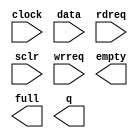
// megafunction wizard: %FIFO%VBB%
// GENERATION: STANDARD
// VERSION: WM1.0
// MODULE: scfifo 

// ============================================================
// Megafunction Name(s):
// 			scfifo
//
// Simulation Library Files(s):
// 			altera_mf
// ============================================================
// ************************************************************
// THIS IS A WIZARD-GENERATED FILE. DO NOT EDIT THIS FILE!
//
// 18.1.0 Build 625 09/12/2018 SJ Standard Edition
// ************************************************************

//Copyright (C) 2018  Intel Corporation. All rights reserved.
//Your use of Intel Corporation's design tools, logic functions 
//and other software and tools, and its AMPP partner logic 
//functions, and any output files from any of the foregoing 
//(including device programming or simulation files), and any 
//associated documentation or information are expressly subject 
//to the terms and conditions of the Intel Program License 
//Subscription Agreement, the Intel Quartus Prime License Agreement,
//the Intel FPGA IP License Agreement, or other applicable license
//agreement, including, without limitation, that your use is for
//the sole purpose of programming logic devices manufactured by
//Intel and sold by Intel or its authorized distributors.  Please
//refer to the applicable agreement for further details.

module fifo50x8 (
	clock,
	data,
	rdreq,
	sclr,
	wrreq,
	empty,
	full,
	q);

	input	  clock;
	input	[49:0]  data;
	input	  rdreq;
	input	  sclr;
	input	  wrreq;
	output	  empty;
	output	  full;
	output	[49:0]  q;

endmodule

// ============================================================
// CNX file retrieval info
// ============================================================
// Retrieval info: PRIVATE: AlmostEmpty NUMERIC "0"
// Retrieval info: PRIVATE: AlmostEmptyThr NUMERIC "-1"
// Retrieval info: PRIVATE: AlmostFull NUMERIC "0"
// Retrieval info: PRIVATE: AlmostFullThr NUMERIC "-1"
// Retrieval info: PRIVATE: CLOCKS_ARE_SYNCHRONIZED NUMERIC "1"
// Retrieval info: PRIVATE: Clock NUMERIC "0"
// Retrieval info: PRIVATE: Depth NUMERIC "8"
// Retrieval info: PRIVATE: Empty NUMERIC "1"
// Retrieval info: PRIVATE: Full NUMERIC "1"
// Retrieval info: PRIVATE: INTENDED_DEVICE_FAMILY STRING "Arria II GX"
// Retrieval info: PRIVATE: LE_BasedFIFO NUMERIC "1"
// Retrieval info: PRIVATE: LegacyRREQ NUMERIC "0"
// Retrieval info: PRIVATE: MAX_DEPTH_BY_9 NUMERIC "0"
// Retrieval info: PRIVATE: OVERFLOW_CHECKING NUMERIC "1"
// Retrieval info: PRIVATE: Optimize NUMERIC "1"
// Retrieval info: PRIVATE: RAM_BLOCK_TYPE NUMERIC "0"
// Retrieval info: PRIVATE: SYNTH_WRAPPER_GEN_POSTFIX STRING "0"
// Retrieval info: PRIVATE: UNDERFLOW_CHECKING NUMERIC "1"
// Retrieval info: PRIVATE: UsedW NUMERIC "0"
// Retrieval info: PRIVATE: Width NUMERIC "50"
// Retrieval info: PRIVATE: dc_aclr NUMERIC "0"
// Retrieval info: PRIVATE: diff_widths NUMERIC "0"
// Retrieval info: PRIVATE: msb_usedw NUMERIC "0"
// Retrieval info: PRIVATE: output_width NUMERIC "50"
// Retrieval info: PRIVATE: rsEmpty NUMERIC "1"
// Retrieval info: PRIVATE: rsFull NUMERIC "0"
// Retrieval info: PRIVATE: rsUsedW NUMERIC "0"
// Retrieval info: PRIVATE: sc_aclr NUMERIC "0"
// Retrieval info: PRIVATE: sc_sclr NUMERIC "1"
// Retrieval info: PRIVATE: wsEmpty NUMERIC "0"
// Retrieval info: PRIVATE: wsFull NUMERIC "1"
// Retrieval info: PRIVATE: wsUsedW NUMERIC "0"
// Retrieval info: LIBRARY: altera_mf altera_mf.altera_mf_components.all
// Retrieval info: CONSTANT: ADD_RAM_OUTPUT_REGISTER STRING "ON"
// Retrieval info: CONSTANT: INTENDED_DEVICE_FAMILY STRING "Arria II GX"
// Retrieval info: CONSTANT: LPM_NUMWORDS NUMERIC "8"
// Retrieval info: CONSTANT: LPM_SHOWAHEAD STRING "ON"
// Retrieval info: CONSTANT: LPM_TYPE STRING "scfifo"
// Retrieval info: CONSTANT: LPM_WIDTH NUMERIC "50"
// Retrieval info: CONSTANT: LPM_WIDTHU NUMERIC "3"
// Retrieval info: CONSTANT: OVERFLOW_CHECKING STRING "OFF"
// Retrieval info: CONSTANT: UNDERFLOW_CHECKING STRING "OFF"
// Retrieval info: CONSTANT: USE_EAB STRING "OFF"
// Retrieval info: USED_PORT: clock 0 0 0 0 INPUT NODEFVAL "clock"
// Retrieval info: USED_PORT: data 0 0 50 0 INPUT NODEFVAL "data[49..0]"
// Retrieval info: USED_PORT: empty 0 0 0 0 OUTPUT NODEFVAL "empty"
// Retrieval info: USED_PORT: full 0 0 0 0 OUTPUT NODEFVAL "full"
// Retrieval info: USED_PORT: q 0 0 50 0 OUTPUT NODEFVAL "q[49..0]"
// Retrieval info: USED_PORT: rdreq 0 0 0 0 INPUT NODEFVAL "rdreq"
// Retrieval info: USED_PORT: sclr 0 0 0 0 INPUT NODEFVAL "sclr"
// Retrieval info: USED_PORT: wrreq 0 0 0 0 INPUT NODEFVAL "wrreq"
// Retrieval info: CONNECT: @clock 0 0 0 0 clock 0 0 0 0
// Retrieval info: CONNECT: @data 0 0 50 0 data 0 0 50 0
// Retrieval info: CONNECT: @rdreq 0 0 0 0 rdreq 0 0 0 0
// Retrieval info: CONNECT: @sclr 0 0 0 0 sclr 0 0 0 0
// Retrieval info: CONNECT: @wrreq 0 0 0 0 wrreq 0 0 0 0
// Retrieval info: CONNECT: empty 0 0 0 0 @empty 0 0 0 0
// Retrieval info: CONNECT: full 0 0 0 0 @full 0 0 0 0
// Retrieval info: CONNECT: q 0 0 50 0 @q 0 0 50 0
// Retrieval info: GEN_FILE: TYPE_NORMAL fifo50x8.v TRUE
// Retrieval info: GEN_FILE: TYPE_NORMAL fifo50x8.inc FALSE
// Retrieval info: GEN_FILE: TYPE_NORMAL fifo50x8.cmp FALSE
// Retrieval info: GEN_FILE: TYPE_NORMAL fifo50x8.bsf FALSE
// Retrieval info: GEN_FILE: TYPE_NORMAL fifo50x8_inst.v FALSE
// Retrieval info: GEN_FILE: TYPE_NORMAL fifo50x8_bb.v TRUE
// Retrieval info: LIB_FILE: altera_mf